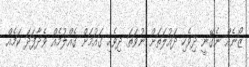
ޒޯނެއް ނެގޭނީ ދިވެހި ދައުލަތަށް ނުވަތަ ދިވެހި ގައުމަށް ގެއްލުމެއް ވެދާފަދަ ކަމެއް